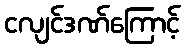
ငလျင်ဒဏ်ကြောင့်